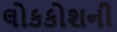
લોકકોશની